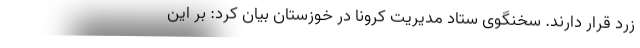
زرد قرار دارند. سخنگوی ستاد مدیریت کرونا در خوزستان بیان کرد: بر این